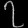
Digit: ၇